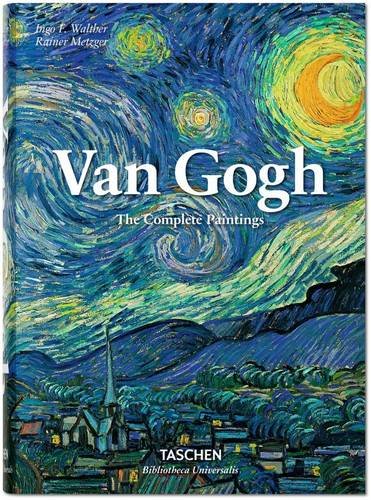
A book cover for Van Gogh; Rainer Metzger; Arts & Photography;